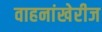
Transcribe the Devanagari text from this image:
वाहनांखेरीज